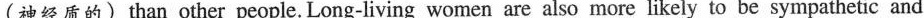
(神经质的) tban other people. Long-living women are also more likely to be sympathetic and